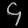
Digit: ၄